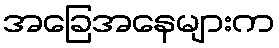
အခြေအနေများက